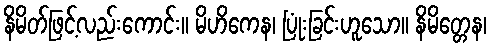
နိမိတ်ဖြင့်လည်းကောင်း။ မိဟိကေန၊ ပြုံးခြင်းဟူသော။ နိမိတ္တေန၊